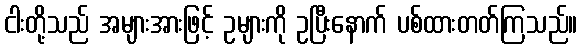
ငါးတို့သည် အများအားဖြင့် ဥများကို ဥပြီးနောက် ပစ်ထားတတ်ကြသည်။